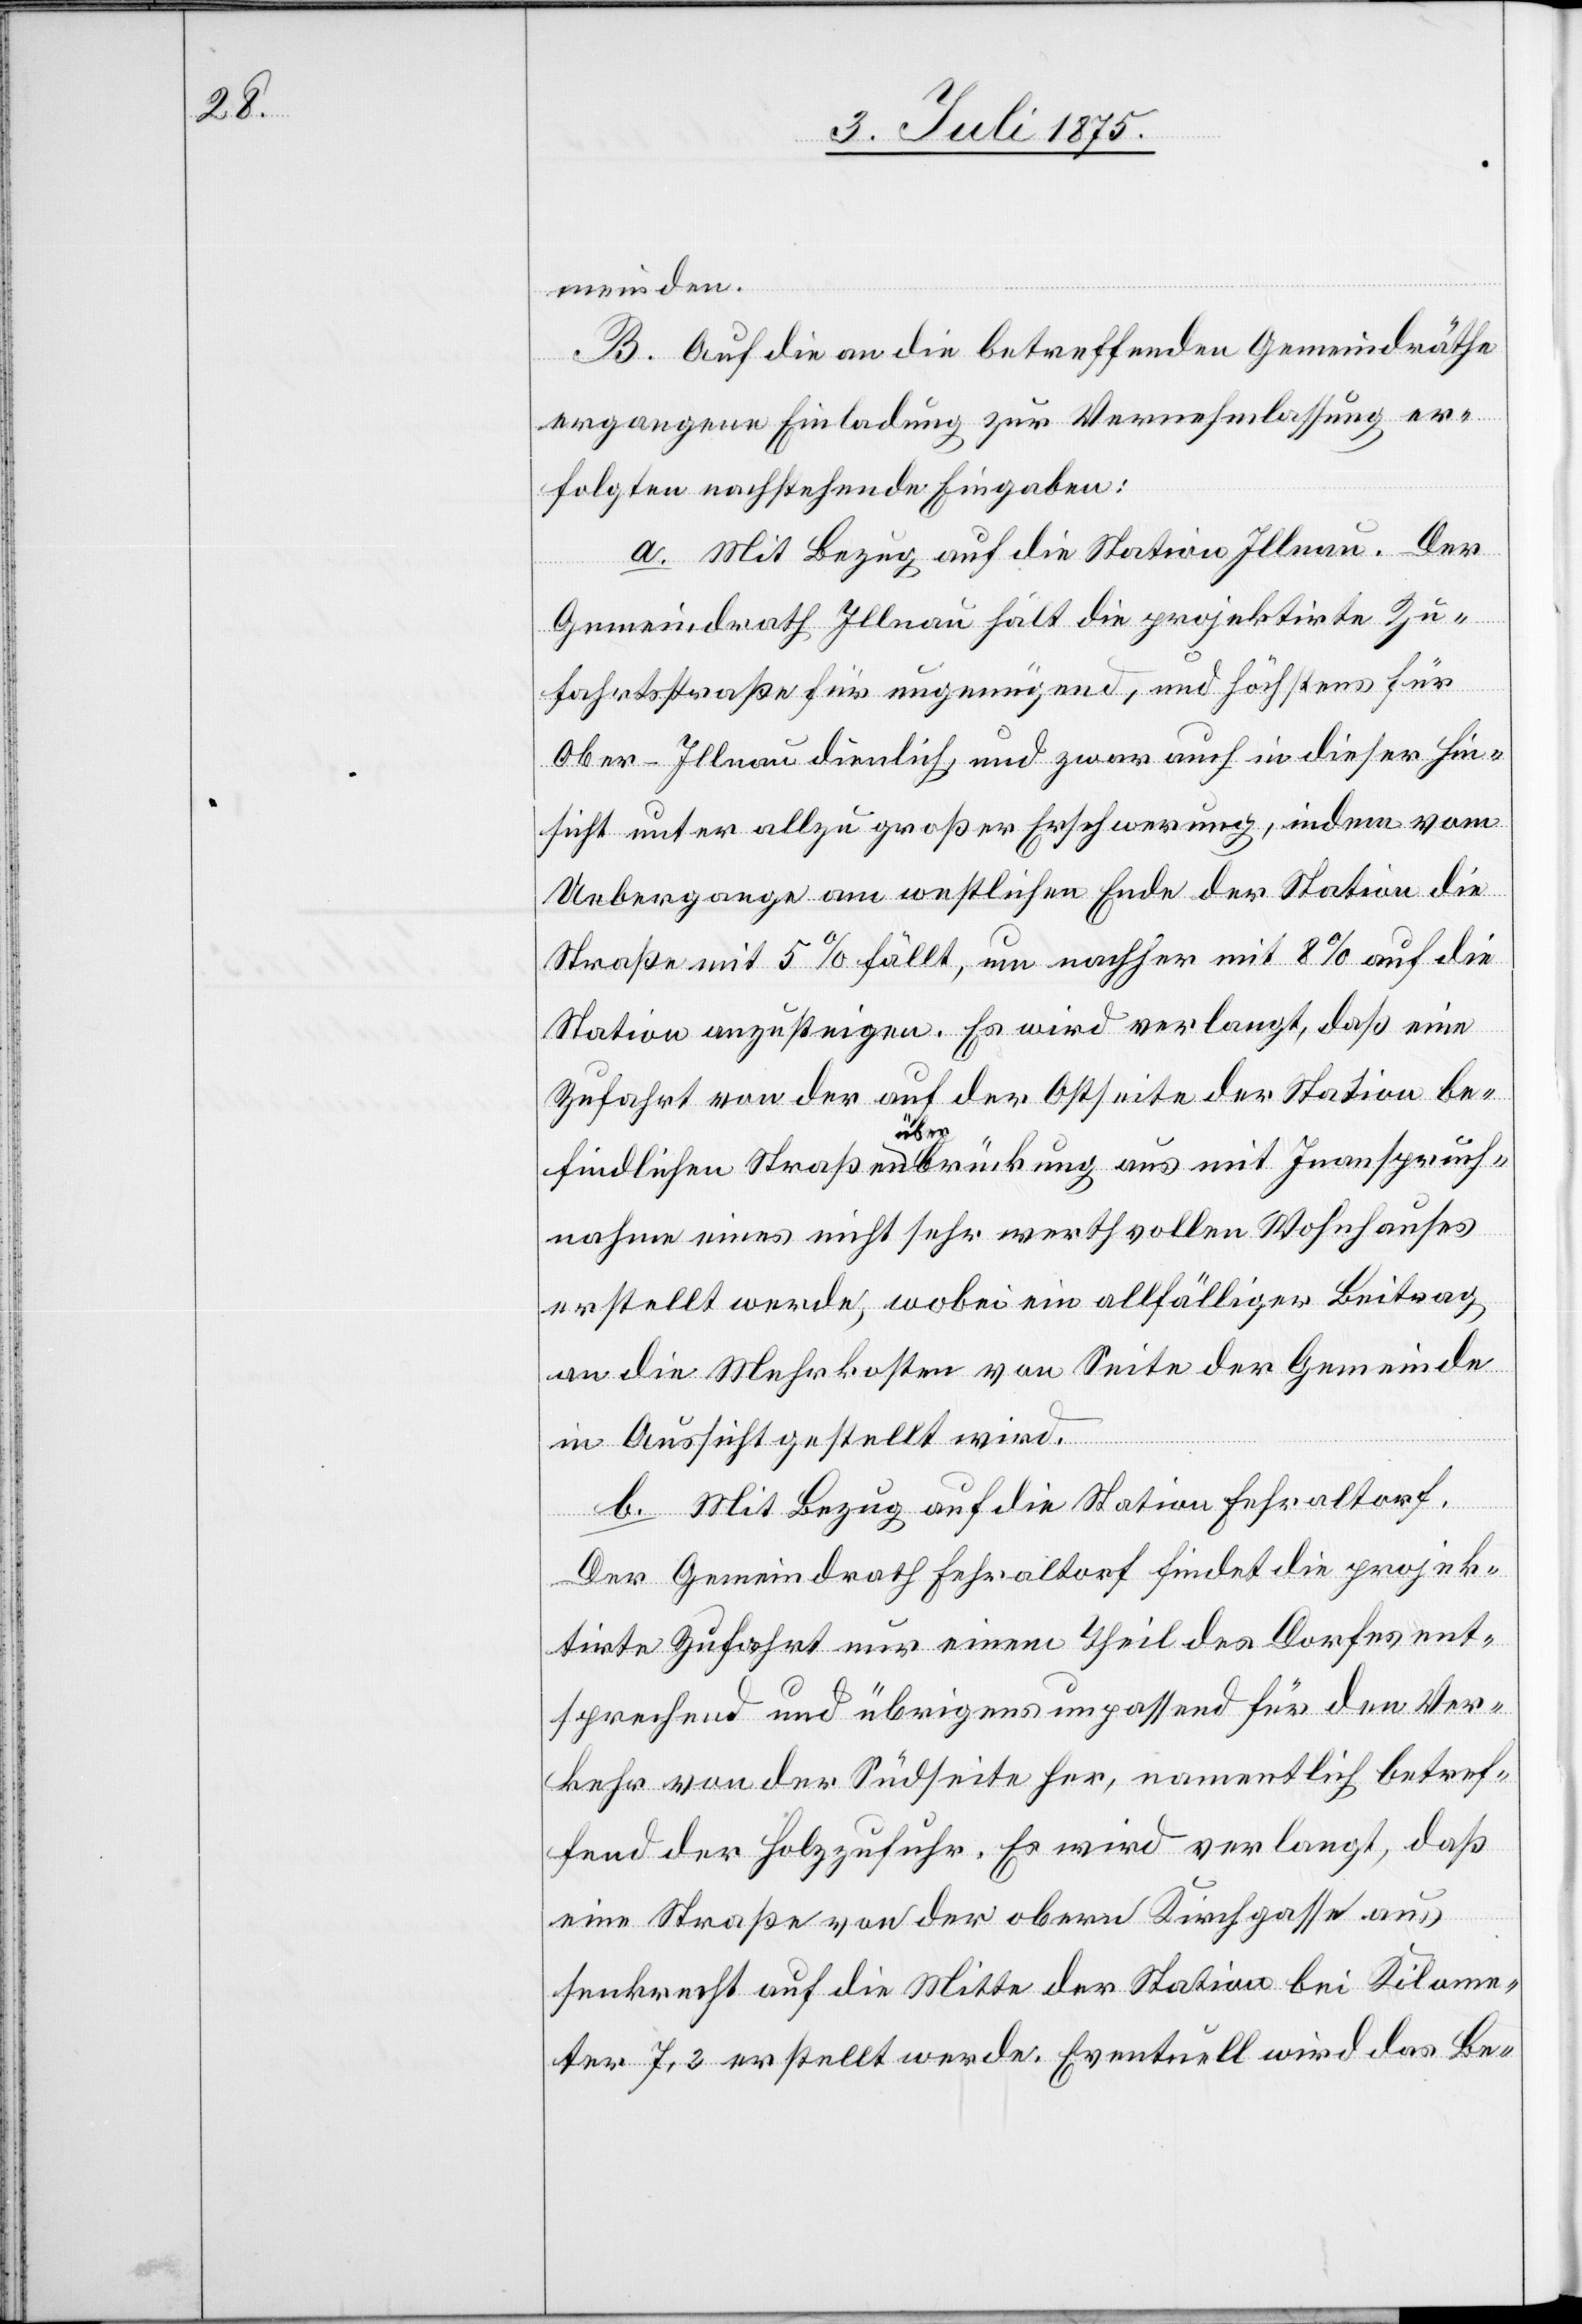
meinden.
B. Auf die an die betreffenden Gemeindräthe
ergangene Einladung zur Vernehmlassung er¬
folgten nachstehende Eingaben:
a. Mit Bezug auf die Station Illnau.
Gemeindrath Illnau hält die projektirte Zu¬
fahrtsstraße für ungenügend, und höchstens für
Ober-Illnau dienlich, und zwar auch in dieser Hin¬
sicht unter allzu großer Erschwerung, indem vom
Uebergange am westlichen Ende der Station die
Straße mit 5% fällt, um nachher mit 8% auf die
Station anzusteigen. Es wird verlangt, daß eine
Zufahrt von der auf der Ostseite der Station be¬
Der
findlichen Straßenüberbrückung aus mit Inanspruch¬
nahme eines nicht sehr werthvollen Wohnhauses
erstellt werde, wobei ein allfälliger Beitrag
an die Mehrkosten von Seite der Gemeinde
in Aussicht gestellt wird.
b. Mit Bezug auf die Station Fehraltdorf.
Der Gemeindrath Fehraltdorf findet die projek¬
tirte Zufahrt nur einem Theil des Dorfes ent¬
sprechend und übrigens unpassend für den Ver¬
kehr von der Südseite her, namentlich betref¬
fend der Holzzufuhr. Es wird verlangt, daß
eine Straße von der obern Kirchgasse aus
senkrecht auf die Mitte der Station bei Kilome¬
ter 7,2 erstellt werde. Eventuell wird das Be-